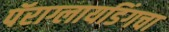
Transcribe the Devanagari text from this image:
पॅराग्लायडिंगचा